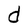
Character: d